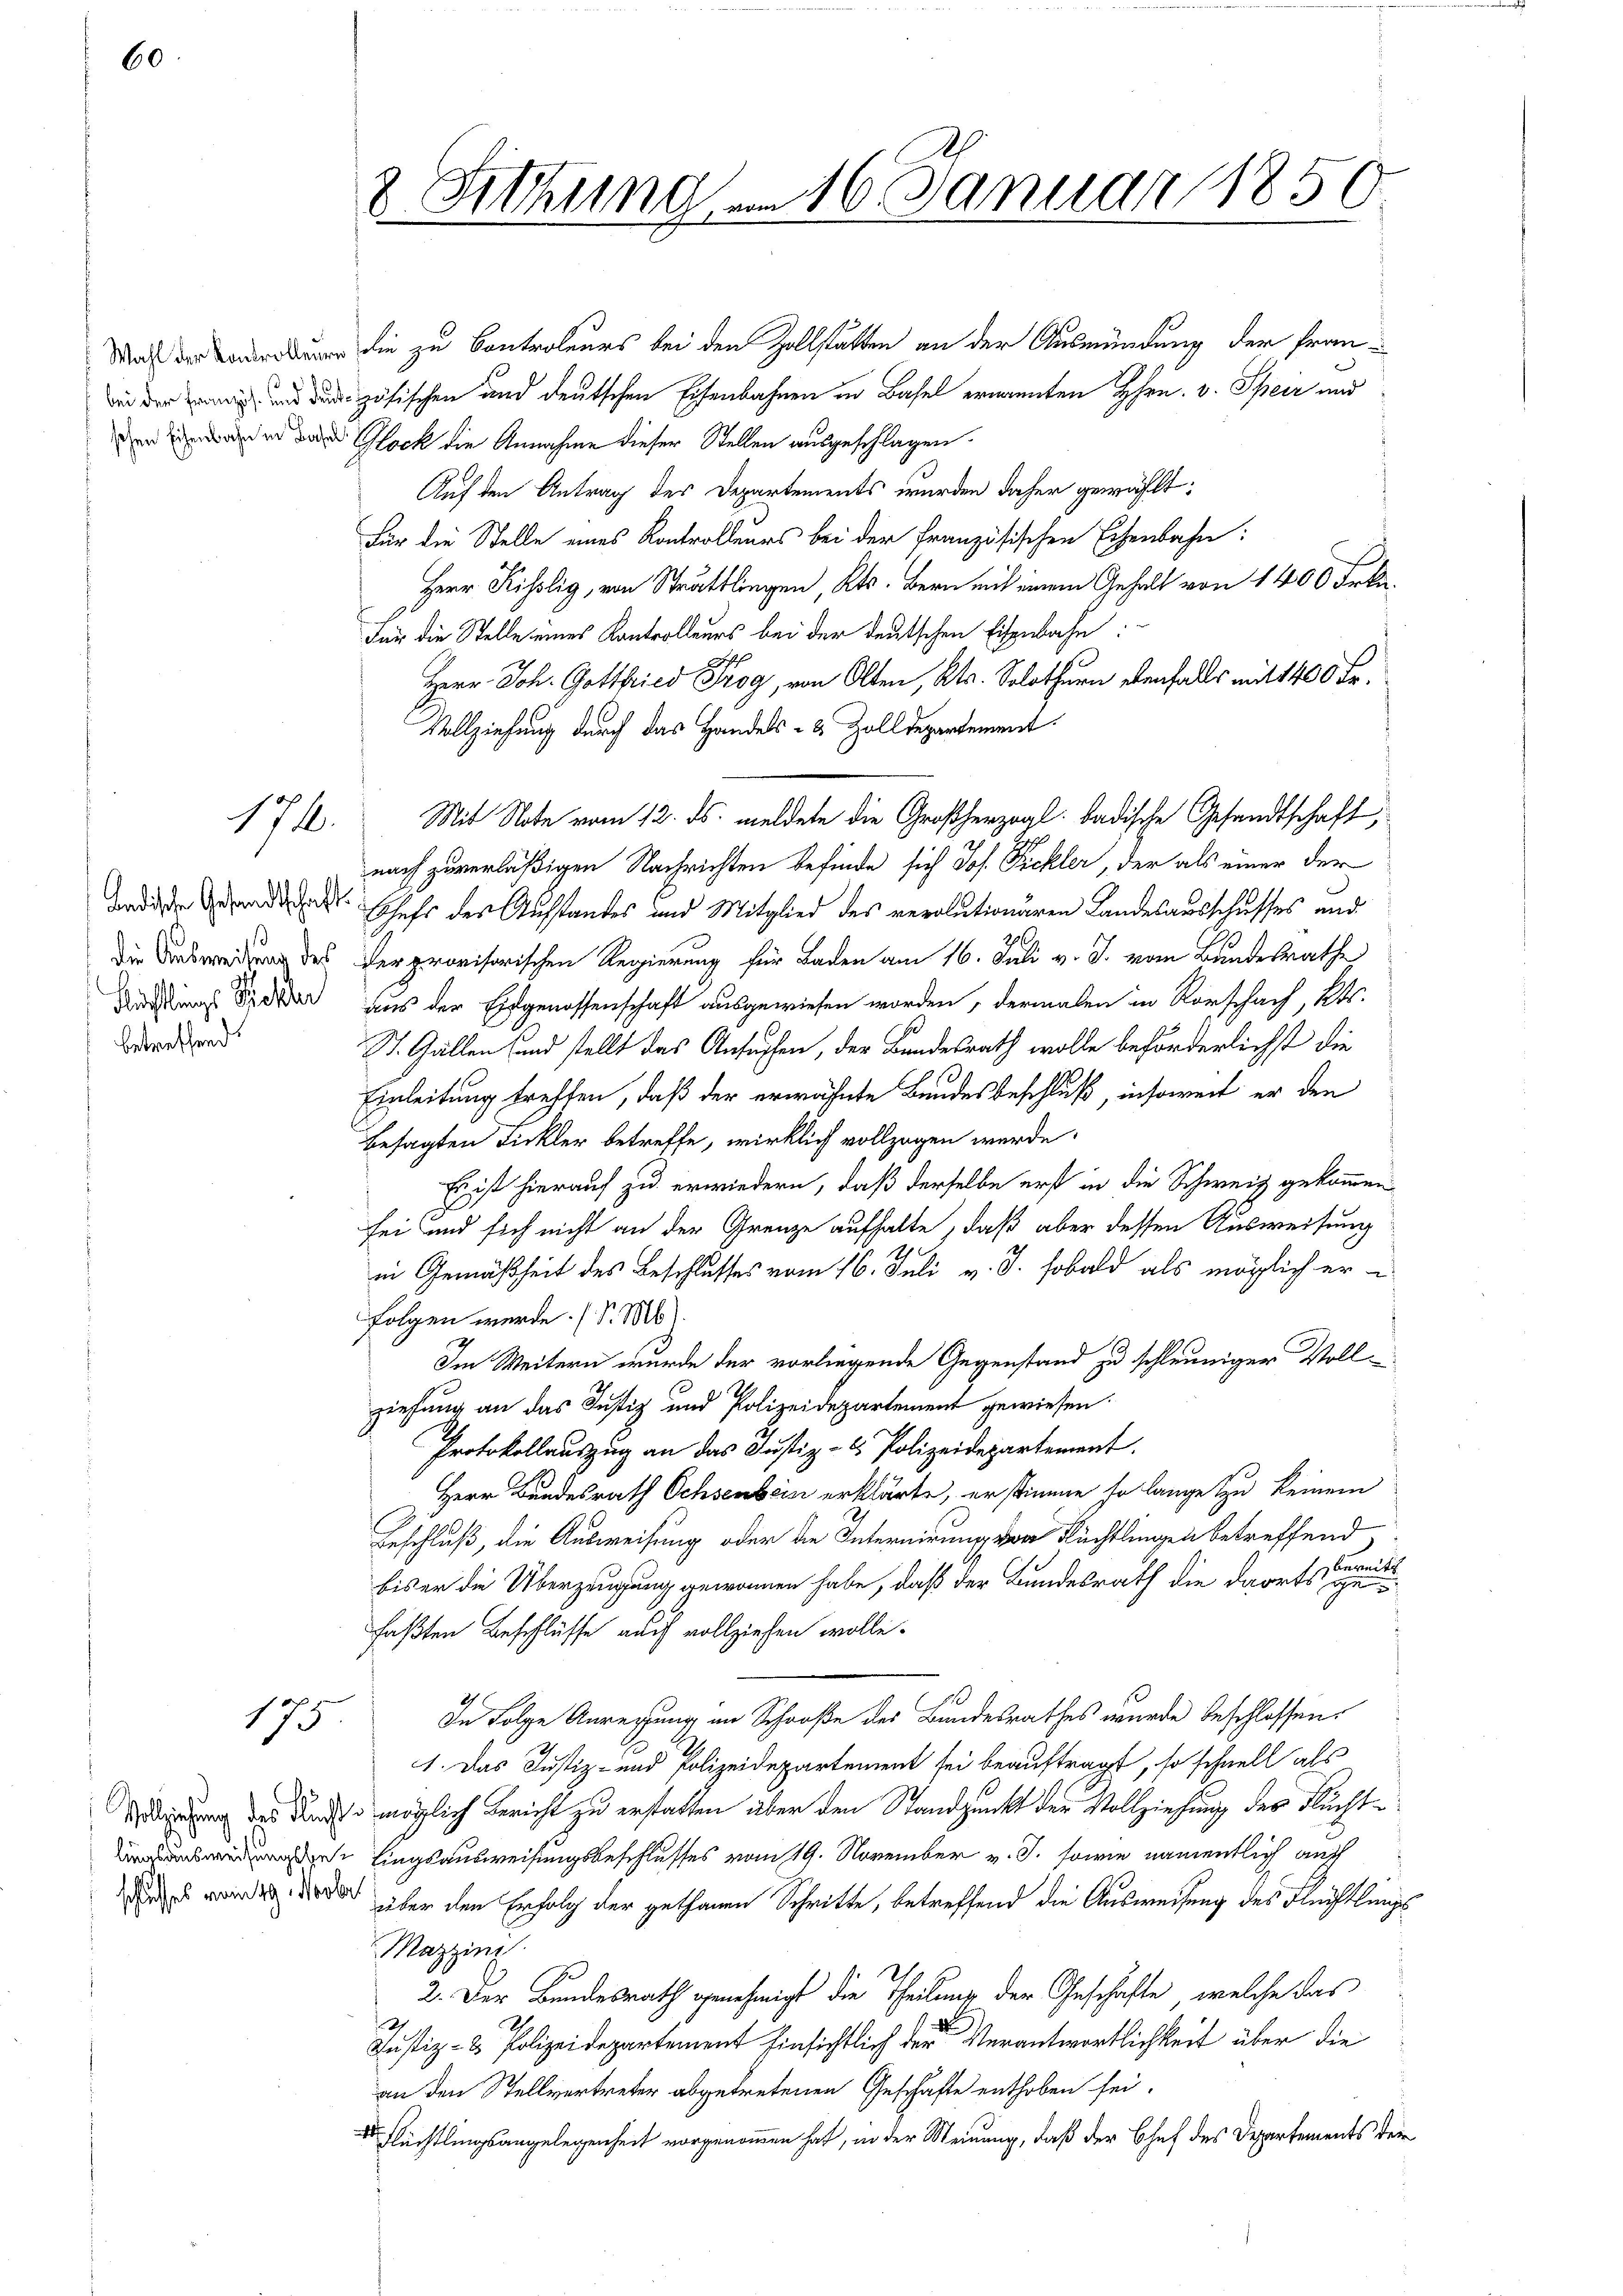
60

bei der Französ. und denk

178.

Ladische Gesandtschaft
die Ausweisung des
Rüfflings Schler
betreffend.

175

Sitzungen 16. Januar 1850.
8

die zu Controleurs bei den Zollstätten an der Ausmündung der Französischen und deutschen Eisenbahnen in Basel ernannten Hrn. v. Speir und
den der er das Glock die Annahme dieser Stellen ausgeschlagen.
Auf den Antrag des Departements wurden daher gewählt:
Für die Stelle eines Kontrolleurs bei der Französischen Eisenbahn:
Herr Kiselig, von Strattlingen, Kts. Bern mit einem Gehalt von 1400 Frkn.
Für die Stelle eines Kantrolleurs bei der deutschen Eisenbahn:
Herr Joh. Gottfried Prog, von Olten, Kts. Solothurn denfalls mit 1400 Fr.
Vollziehung durch das Handels- & Zolldepartement
Mit Note vom 12. ds. meldete die Großherzogl. badische Gesandtschaft,
nach zuverläßigen Nachrichten befinde sich Joh. Fickler, der als einer der
Chefs des Aufstandes und Mitglied des revolutionären Landesausschusses und
der provisorischen Regierung für Baden am 16. Juli v. J. vom Bundesrathe
aus der Eidgenossenschaft ausgewiesen worden, dermalen in Vorschach, Kts.
St. Gallen und stellt das Ansuchen, der Bundesrath wolle beförderlichst die
Einleitung treffen, daß der erwähnte Bundesbeschluß, insoweit er den
besagten Tickler betreffe, wirklich vollzogen werde.
Es ist hierauf zu erwiedern, daß derselbe erst in die Schweiz gekommen
sei und sich nicht an der Grenze aufhalte, daß aber dessen Ausweisung
2
in Gemäßheit des Beschlusses vom 16. Juli v. J. sobald als möglich erfolgen werde. (S. Mb).
Im Weitern wurde der vorliegende Gegenstand zu schleuniger Vollziehung an das Justiz und Polizeidepartement gewiesen
Protokollauszug an das Justiz- & Polizeidepartement.
Herr Bundesrath Ochsenbein erklärte, er stimme so lange zu keinem
Beschluß, die Ausweisung oder die Internirung von Rüchtlingen betreffend
bermitt
bis er die Überzeugung gewonnen habe, daß der Bundesrath die dorts gefaßten Beschlüsse auch vollziehen wolle.
In Folge Anregung in Schroße des Bundesrathes wurde beschlossen:
1. Das Justiz- und Polizeidepartement sei beauftragt, so schnell als
erung des Kunst möglich Bericht zu erstatten über den Standpunkt der Vollziehung des Flucht¬
 lingsausweisungsbeschlusses vom 19. November v. J. sowie namentlich auch
et worden, der doch über den Erfolg der gethanen Schritte, betreffend die Ausweisung des Flüchtlungs¬
Mazzini
2. Der Bundesrath genehmigt die Theilung der Geschäfte, welche das
Justiz- & Polizeidepartement Einsichtlich der Verantwortlichkeit über die
an den Stellvertreter abgetretenen Geschäfte enthoben sei.
 Flüchtlingsangelegenheit vorgenommen hat, in der Meinung, daß der Chef des Departements der